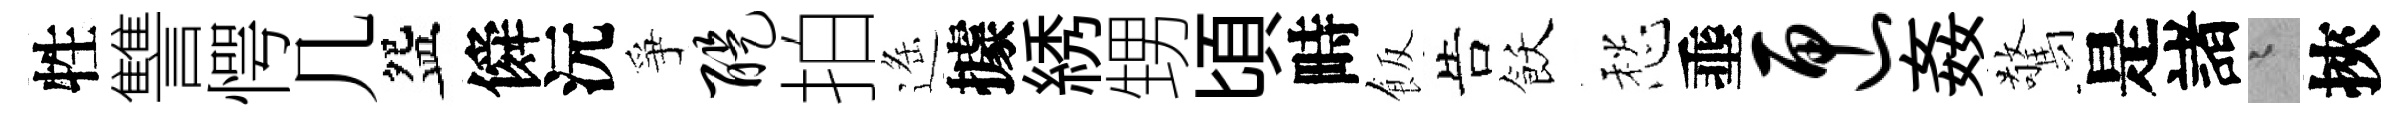
牲讐愕几盌僢沅爭醍拍遥據綉甥頃畤飯告飫愁埀匣姦驚是諸迢挾